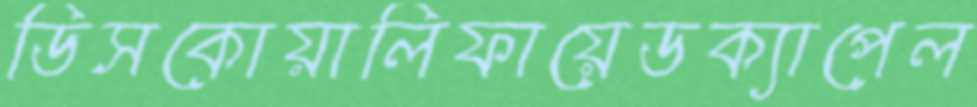
ডিসকোয়ালিফায়েডক্যাপেল